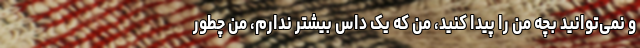
و نمی‌توانید بچه من را پیدا کنید، من که یک داس بیشتر ندارم، من چطور